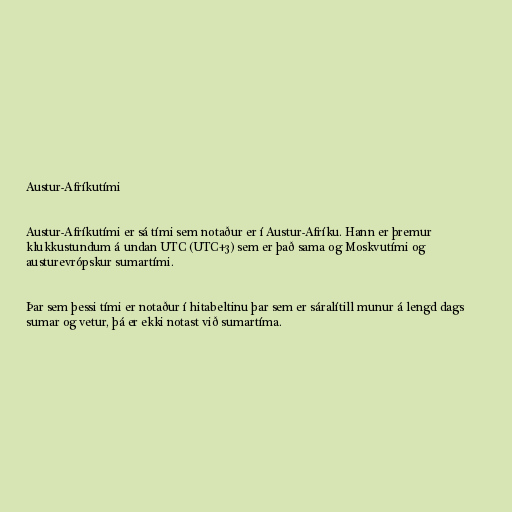
Austur-Afríkutími

Austur-Afríkutími er sá tími sem notaður er í Austur-Afríku. Hann er þremur
klukkustundum á undan UTC (UTC+3) sem er það sama og Moskvutími og
austurevrópskur sumartími.

Þar sem þessi tími er notaður í hitabeltinu þar sem er sáralítill munur á lengd dags
sumar og vetur, þá er ekki notast við sumartíma.